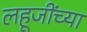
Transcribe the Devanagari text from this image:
लहूजींच्या